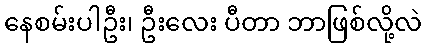
နေစမ်းပါဦး၊ ဦးလေး ပီတာ ဘာဖြစ်လို့လဲ